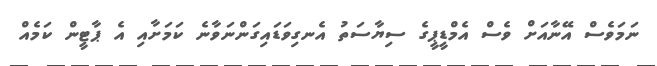
ނަމަވެސް އޭނާއަށް ވެސް އެމްޑީޕީގެ ސިޔާސަތު އެނގިވަޑައިގަންނަވާނެ ކަމަށާއި އެ ޕާޓީން ކަމެއް